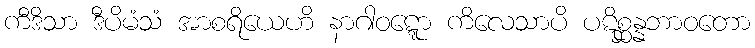
ကီဒိသာ ဒီပိမံသံ အာစရိယေဟိ နာဂါဝဋ္ဋော ကိလေသာပိ ပဋိစ္ဆန္နဘာဝတော